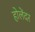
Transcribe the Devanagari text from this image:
होलेंदर